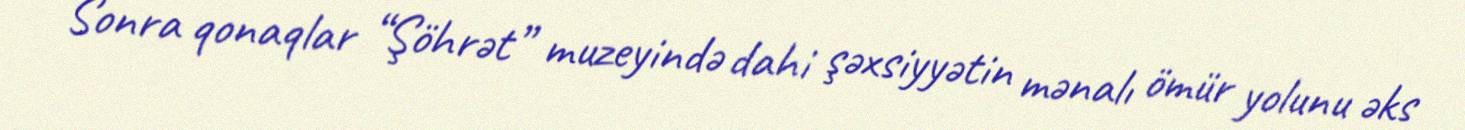
Sonra qonaqlar “Şöhrət” muzeyində dahi şəxsiyyətin mənalı ömür yolunu əks